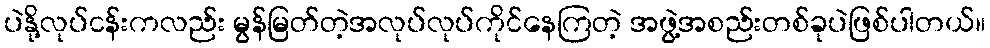
ပဲနို့လုပ်ငန်းကလည်း မွန်မြတ်တဲ့အလုပ်လုပ်ကိုင်နေကြတဲ့ အဖွဲ့အစည်းတစ်ခုပဲဖြစ်ပါတယ်။